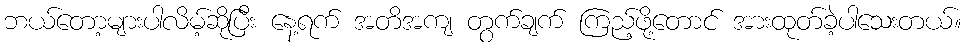
ဘယ်တော့များပါလိမ့်ဆိုပြီး နေ့ရက် အတိအကျ တွက်ချက် ကြည့်ဖို့တောင် အားထုတ်ခဲ့ပါသေးတယ်။